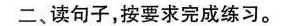
二、读句子，按要求完成练习。